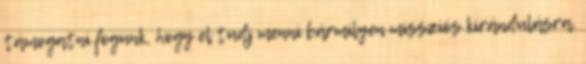
támogatni fogunk, hogy el tudj menni bármilyen missziós kirándulásra,